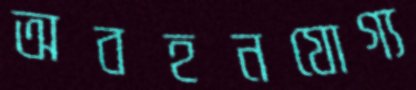
অবহনযোগ্য